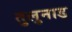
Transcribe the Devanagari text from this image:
तुलुनाड